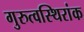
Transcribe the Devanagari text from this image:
गुरुत्वस्थिरांक